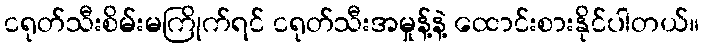
ငရုတ်သီးစိမ်းမကြိုက်ရင် ငရုတ်သီးအမှုန့်နဲ့ ထောင်းစားနိုင်ပါတယ်။